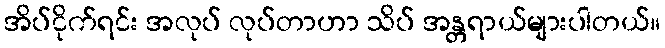
အိပ်ငိုက်ရင်း အလုပ် လုပ်တာဟာ သိပ် အန္တရာယ်များပါတယ်။